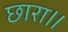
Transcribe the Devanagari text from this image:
छारा॥